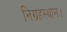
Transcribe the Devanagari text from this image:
निग्रहस्थान।